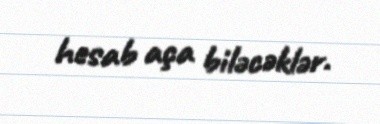
hesab aça biləcəklər.